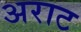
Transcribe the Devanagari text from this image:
अराट